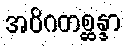
အဝိဂတစ္ဆန္ဒာ